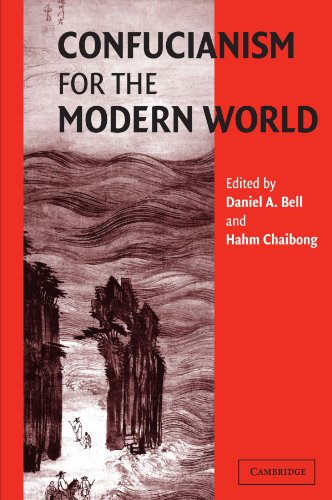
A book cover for Confucianism for the Modern World; Religion & Spirituality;